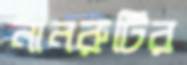
নানরুটির